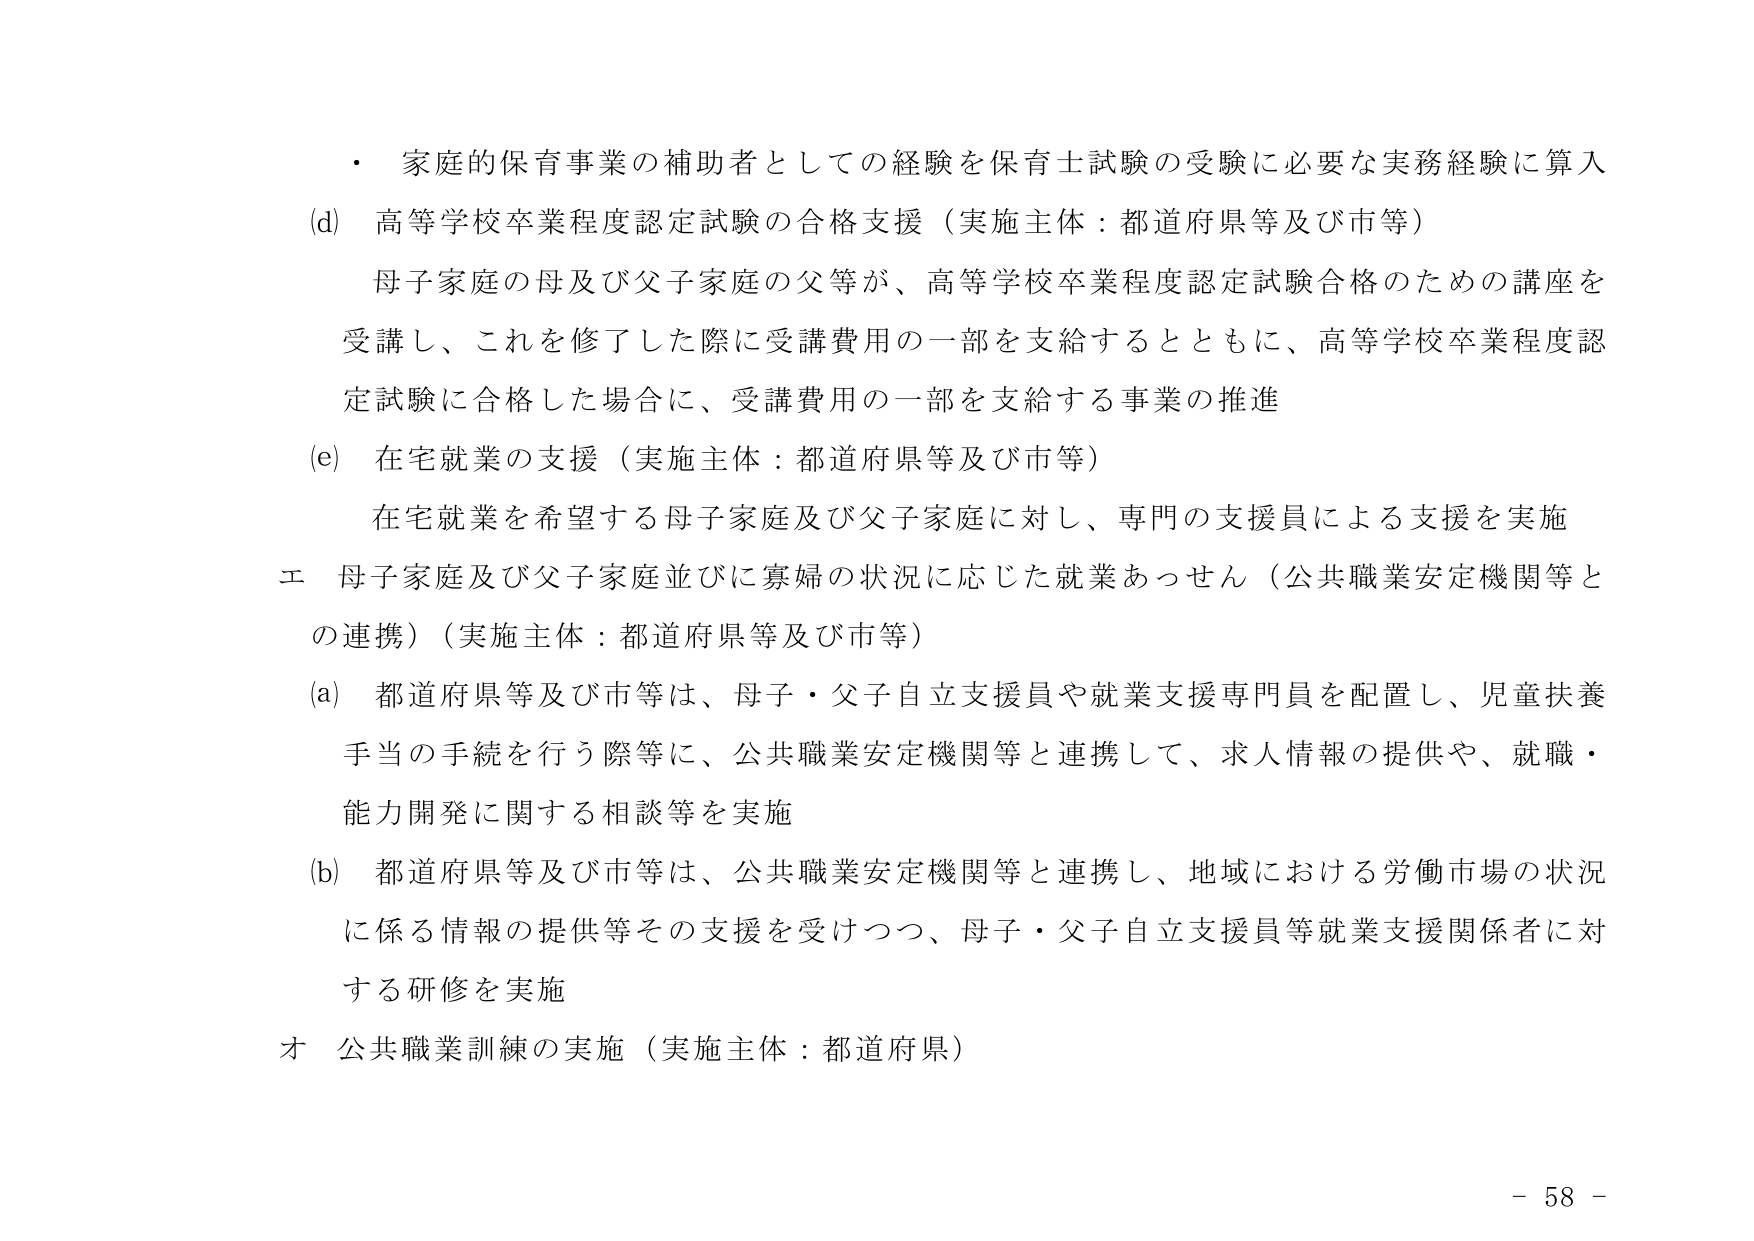
・ 家庭的保育事業の補助者としての経験を保育士試験の受験に必要な実務経験に算入
(d) 高等学校卒業程度認定試験の合格支援（実施主体：都道府県等及び市等）
　母子家庭の母及び父子家庭の父等が、高等学校卒業程度認定試験合格のための講座を
　受講し、これを修了した際に受講費用の一部を支給するとともに、高等学校卒業程度認
　定試験に合格した場合に、受講費用の一部を支給する事業の推進
(e) 在宅就業の支援（実施主体：都道府県等及び市等）
　在宅就業を希望する母子家庭及び父子家庭に対し、専門の支援員による支援を実施
エ 母子家庭及び父子家庭並びに寡婦の状況に応じた就業あっせん（公共職業安定機関等と
　の連携）（実施主体：都道府県等及び市等）
(a) 都道府県等及び市等は、母子・父子自立支援員や就業支援専門員を配置し、児童扶養
　手当の手続を行う際等に、公共職業安定機関等と連携して、求人情報の提供や、就職・
　能力開発に関する相談等を実施
(b) 都道府県等及び市等は、公共職業安定機関等と連携し、地域における労働市場の状況
　に係る情報の提供等その支援を受けつつ、母子・父子自立支援員等就業支援関係者に対
　する研修を実施
オ 公共職業訓練の実施（実施主体：都道府県）
- 58 -